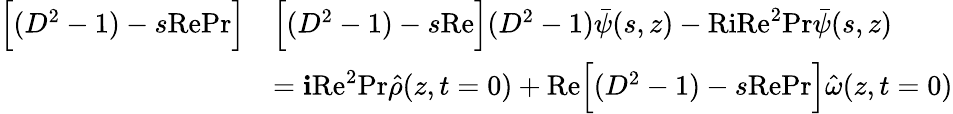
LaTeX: \begin{array}{rl}{\Big[(D^{2}-1)-s\textrm{RePr}\Big]}&{\Big[(D^{2}-1)-s\textrm{Re}\Big](D^{2}-1)\bar{\psi}(s,z)-\textrm{RiRe}^{2}\textrm{Pr}\bar{\psi}(s,z)}\\ &{=\textbf{i}\textrm{Re}^{2}\textrm{Pr}\hat{\rho}(z,t=0)+\textrm{Re}\Big[(D^{2}-1)-s\textrm{RePr}\Big]\hat{\omega}(z,t=0)}\end{array}